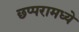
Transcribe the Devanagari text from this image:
छप्परामध्ये